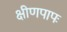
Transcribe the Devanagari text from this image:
क्षीणपापः